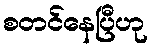
စတင်နေပြီဟု